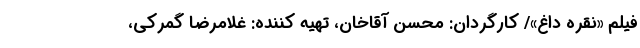
فیلم «نقره داغ»/ کارگردان: محسن آقاخان، تهیه کننده: غلامرضا گمرکی،